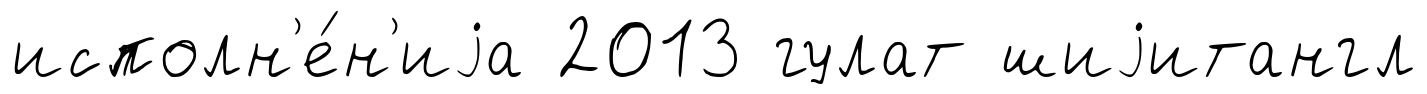
исполн'е́н'иjа 2013 гулат шиjитангл